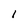
Character: l